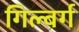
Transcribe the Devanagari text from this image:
गिल्बर्ग